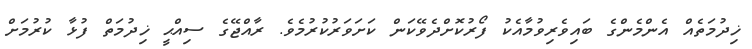
ޚިދުމަތެއް އެންމެންގެ ބައިވެރިވުމާއެކު ފޯރުކޮށްދެވޭކަން ކަށަވަރުކުރުމެވެ. ރާއްޖޭގެ ސިއްޙީ ޚިދުމަތް ފުޅާ ކުރުމަށް